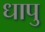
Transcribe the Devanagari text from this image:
धापु